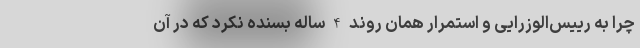
چرا به رییس‌الوزرایی و استمرار همان روند 4 ساله بسنده نکرد که در آن